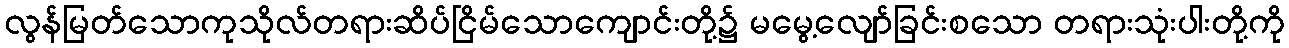
လွန်မြတ်သောကုသိုလ်တရားဆိပ်ငြိမ်သောကျောင်းတို့၌ မမွေ့လျော်ခြင်းစသော တရားသုံးပါးတို့ကို